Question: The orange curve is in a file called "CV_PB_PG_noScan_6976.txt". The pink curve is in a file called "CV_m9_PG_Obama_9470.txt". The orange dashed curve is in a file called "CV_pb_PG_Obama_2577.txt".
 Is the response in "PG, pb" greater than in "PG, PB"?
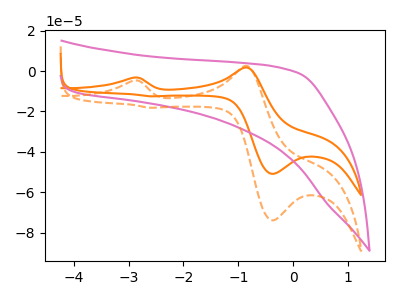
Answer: <think>The orange curve "PG, PB" has anodic peaks at (-2.90V, -3.25uA) (-0.85V, 1.75uA) and cathodic peaks at (-0.40V, -50.85uA) (-2.60V, -12.50uA). The pink curve "PG, m9" has no peaks. The orange dashed curve "PG, pb" has anodic peaks at (-2.90V, -4.75uA) (-0.85V, 2.55uA) and cathodic peaks at (-0.40V, -73.80uA) (-2.60V, -18.15uA).
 All the peaks in "PG, pb" have a peak in "PG, PB" at the same potential.</think>
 <answer>I cant tell if "PG, pb" or "PG, PB" has more signal.</answer>
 <eval>mixed_signal</eval>